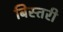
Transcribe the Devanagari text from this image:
बिस्तरी